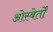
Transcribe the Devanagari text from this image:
ओस्बेर्तों